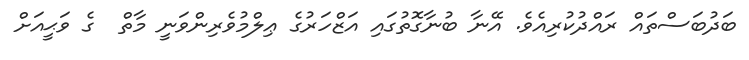
ބަދުބަސްތައް ރައްދުކުރިއެވެ. އޭނާ ބުނާގޮތުގައި އަޒްހަރުގެ ޢިލްމުވެރިންވަނީ މާތް  ގެ ވަޙީއަށް